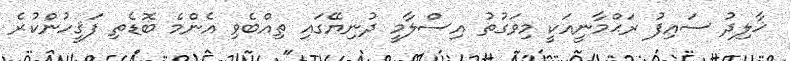
ޚާލިދު ސައިފު ރަޙްމާނީއަކީ މިވަގުތު އިސްލާމީ ދުނިޔޭގައި ތިއްބެވި އެންމެ ބޮޑެތި ފަޤީހުންކުރެ